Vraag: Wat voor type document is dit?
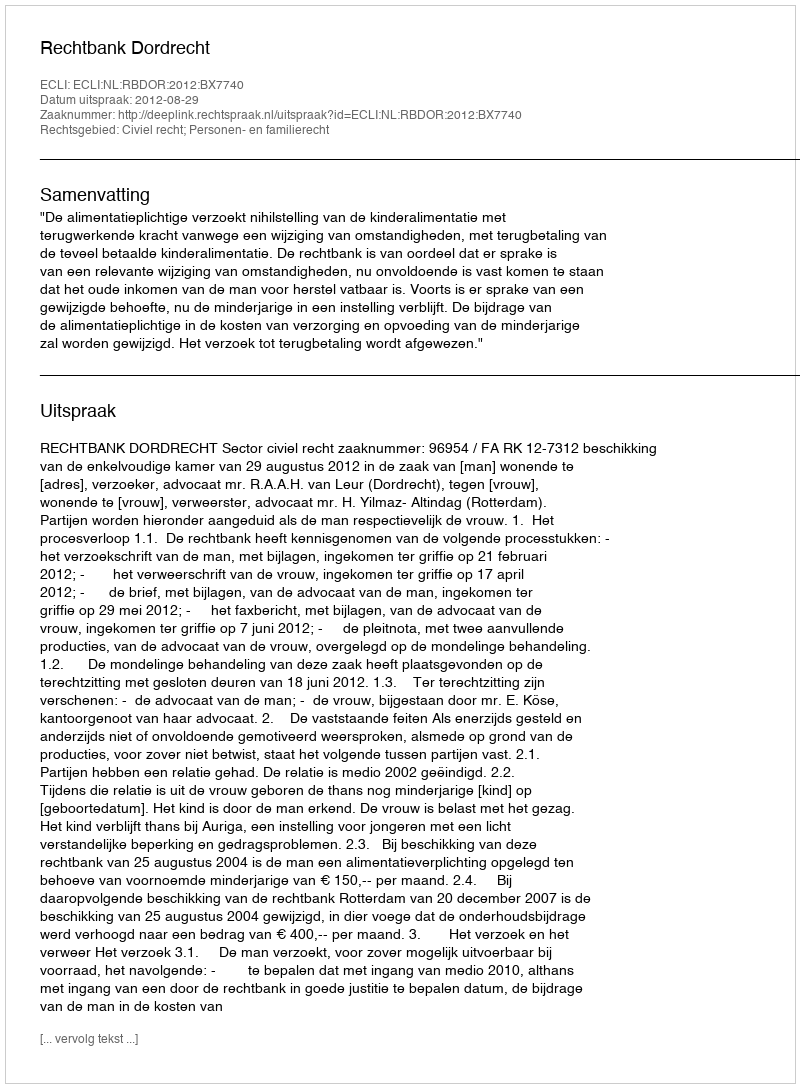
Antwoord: Uitspraak